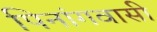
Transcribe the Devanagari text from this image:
पिनांगवासी